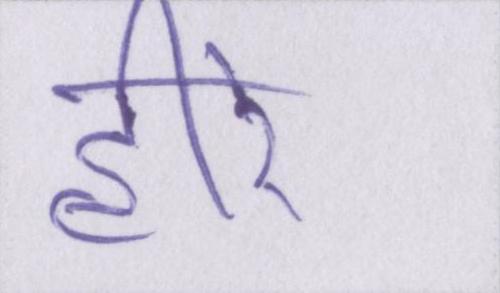
हीरे